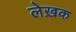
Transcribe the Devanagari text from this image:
लेख़क